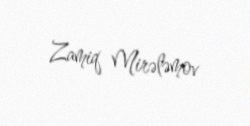
Zamiq Mirələmov